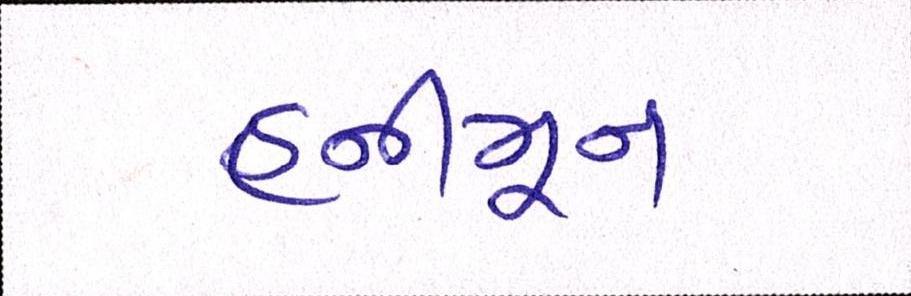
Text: હનીમૂન